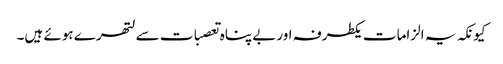
کیونکہ یہ الزامات یکطرفہ اوربے پناہ تعصبات سے لتھرے ہوئے ہیں۔